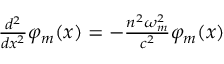
\begin{array} { r } { \frac { d ^ { 2 } } { d x ^ { 2 } } \varphi _ { m } ( x ) = - \frac { n ^ { 2 } \omega _ { m } ^ { 2 } } { c ^ { 2 } } \varphi _ { m } ( x ) } \end{array}